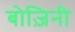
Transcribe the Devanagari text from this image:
बोज़िनी